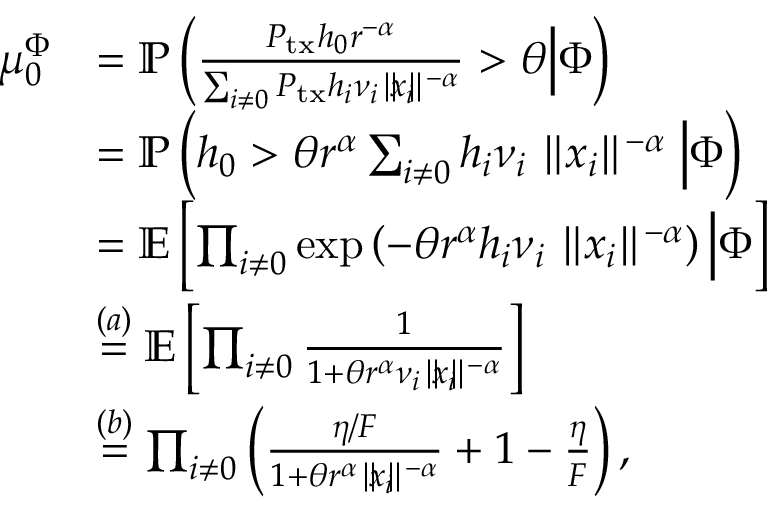
\begin{array} { r l } { \mu _ { 0 } ^ { \Phi } } & { = \mathbb { P } \left( \frac { P _ { \mathrm { t x } } h _ { 0 } r ^ { - \alpha } } { \sum _ { i \neq 0 } P _ { \mathrm { t x } } h _ { i } \nu _ { i } \parallel \! \! x _ { i } \! \! \parallel ^ { - \alpha } } > \theta \Big \vert \Phi \right) } \\ & { = \mathbb { P } \left( h _ { 0 } > \theta r ^ { \alpha } \sum _ { i \neq 0 } h _ { i } \nu _ { i } \parallel \! \! x _ { i } \! \! \parallel ^ { - \alpha } \Big \vert \Phi \right) } \\ & { = \mathbb { E } \left[ \prod _ { i \neq 0 } \exp \left( - \theta r ^ { \alpha } h _ { i } \nu _ { i } \parallel \! \! x _ { i } \! \! \parallel ^ { - \alpha } \right) \Big \vert \Phi \right] } \\ & { \stackrel { ( a ) } { = } \mathbb { E } \left[ \prod _ { i \neq 0 } \frac { 1 } { 1 + \theta r ^ { \alpha } \nu _ { i } \parallel \! \! x _ { i } \! \! \parallel ^ { - \alpha } } \right] } \\ & { \stackrel { ( b ) } { = } \prod _ { i \neq 0 } \left( \frac { \eta / F } { 1 + \theta r ^ { \alpha } \parallel \! \! x _ { i } \! \! \parallel ^ { - \alpha } } + 1 - \frac { \eta } { F } \right) , } \end{array}